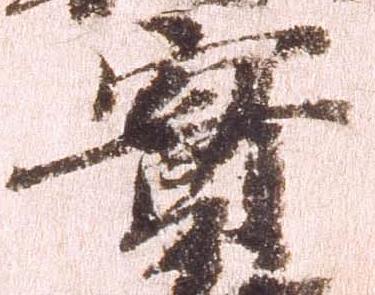
実